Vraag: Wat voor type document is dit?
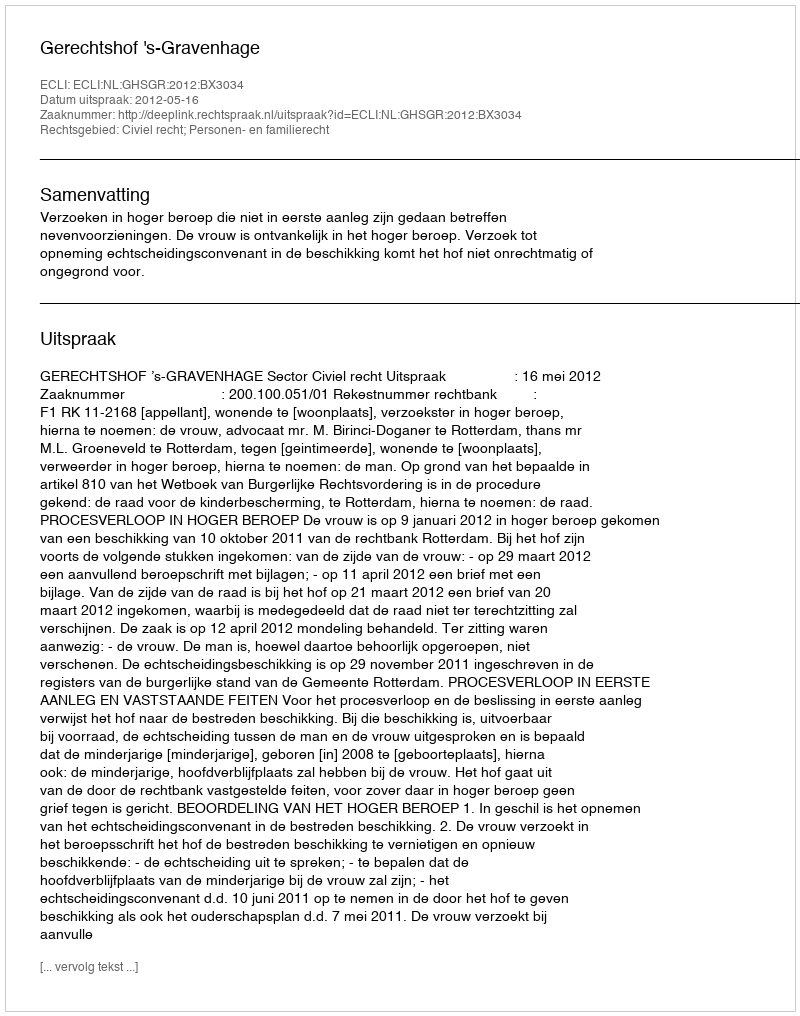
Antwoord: Uitspraak